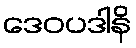
ဒေဝပဒါနိ